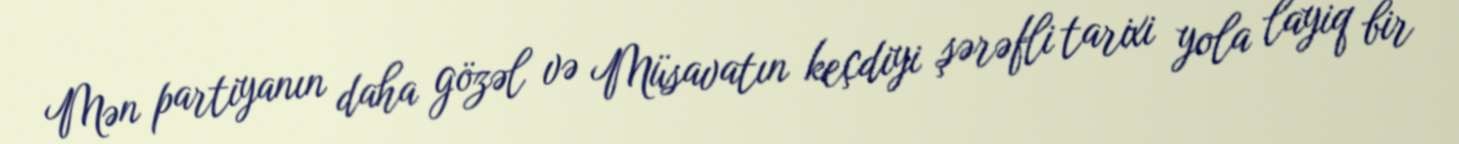
Mən partiyanın daha gözəl və Müsavatın keçdiyi şərəfli tarixi yola layiq bir